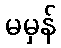
မမှန်